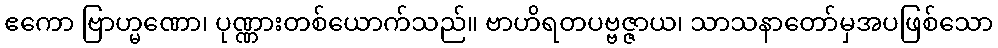
ဧကော ဗြာဟ္မဏော၊ ပုဏ္ဏားတစ်ယောက်သည်။ ဗာဟိရတပဗ္ဗဇ္ဇာယ၊ သာသနာတော်မှအပဖြစ်သော